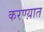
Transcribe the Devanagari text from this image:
करण्य़ात